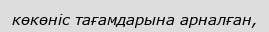
көкөніс тағамдарына арналған,